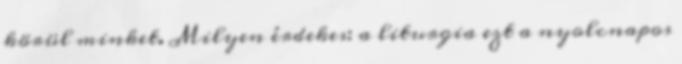
körül minket. Milyen érdekes: a liturgia ezt a nyolcnapos